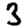
Digit: 3